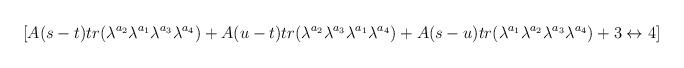
LaTeX: \begin{align*}[A(s-t)tr(\lambda^{a_2}\lambda^{a_1}\lambda^{a_3}\lambda^{a_4})+A(u-t)tr(\lambda^{a_2}\lambda^{a_3}\lambda^{a_1}\lambda^{a_4})+A(s-u)tr(\lambda^{a_1}\lambda^{a_2}\lambda^{a_3}\lambda^{a_4})+3\leftrightarrow 4]\end{align*}